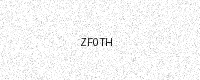
Text: ZF0TH